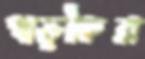
খড়কির